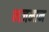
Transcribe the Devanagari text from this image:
भजमान